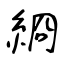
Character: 綗